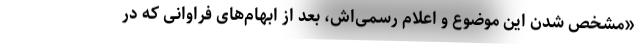
«مشخص شدن این موضوع و اعلام رسمی‌اش، بعد از ابهام‌های فراوانی که در